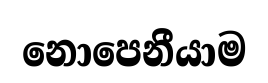
නොපෙනීයාම